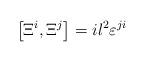
LaTeX: \begin{align*}\left[\Xi^i,\Xi^j\right]=il^2{\varepsilon}^{ji}\end{align*}